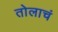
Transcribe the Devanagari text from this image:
तोलाचं